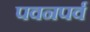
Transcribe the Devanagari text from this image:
पवनपर्व